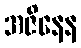
အဇိနေန